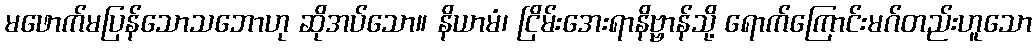
မဖောက်မပြန်သောသဘောဟု ဆိုအပ်သော။ နိယာမံ၊ ငြိမ်းအေးရာနိဗ္ဗာန်သို့ ရောက်ကြောင်းမဂ်တည်းဟူသော